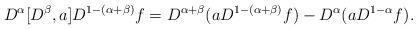
LaTeX: \begin{align*}D^{\alpha}[D^{\beta}, a] D^{1-(\alpha+\beta)} f = D^{\alpha+\beta} ( a D^{1-(\alpha+\beta)} f ) - D^{\alpha} (a D^{1-\alpha} f ).\end{align*}